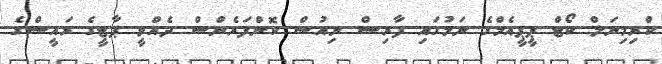
ކްރިމިނަލް ކޯޓް ޕީޕީއެމްގެ ނަމުގައި ފާރިސް ނިއުސް ކޮންފަރެންސް ދެއްވީ ޕާޓީގެ ރައީސްގެ